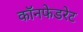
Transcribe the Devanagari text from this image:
कॉनफेडरेट